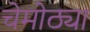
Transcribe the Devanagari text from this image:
चेमोठ्या